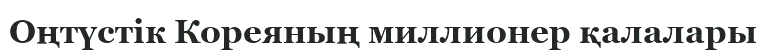
Оңтүстік Кореяның миллионер қалалары